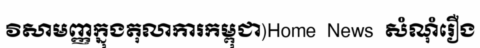
វិសាមញ្ញក្នុងតុលាការកម្ពុជា)Home  News  សំណុំរឿង